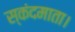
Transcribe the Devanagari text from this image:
स्कंदमाता।